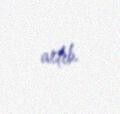
artıb.